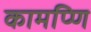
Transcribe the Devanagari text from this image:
कामप्णि